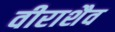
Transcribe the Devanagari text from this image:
वीराशैव